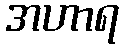
အဟာရ